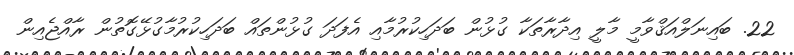
22. ބައިނަލްއަޤްވާމީ މާލީ އިދާރާތަކާ ގުޅުން ބަދަހިކުރުމާއި އެފަދަ ގުޅުންތައް ބަދަހިކުރުމާގުޅޭގޮތުން ރާއްޖެއިން